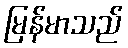
မြန်မာသည်